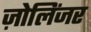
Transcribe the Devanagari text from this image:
ज़ोलिंजर